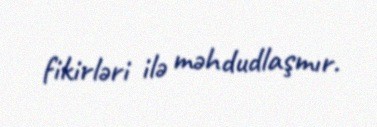
fikirləri ilə məhdudlaşmır.